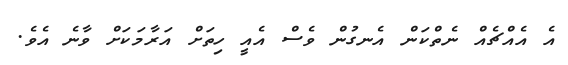
އެ އެއްޗެއް ނެތްކަން އެނގުން ވެސް އެއީ ހިތަށް އަރާމަކަށް ވާނެ އެވެ.